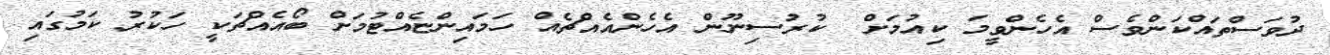
ދުވަސްތައްކަންވެސް އެހެންވީމަ ކިއުމަށް  ކުރުސިނޫން އެހެންއެއްޗެއް ހަމައިންޏެއްޓުމަށް ބޯއެއްޗަކީ ހަކުރު ކަމުގައި